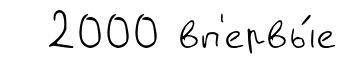
2000 вп'ервы́е